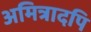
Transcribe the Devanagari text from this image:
अमित्रादपि